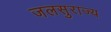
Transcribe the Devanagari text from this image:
जलसुराज्य